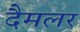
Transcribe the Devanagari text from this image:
दैमलर